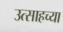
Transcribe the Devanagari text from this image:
उत्साहच्या